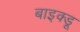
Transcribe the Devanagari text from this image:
बाइक्डू